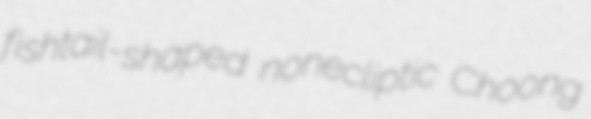
fishtail-shaped nonecliptic Choong